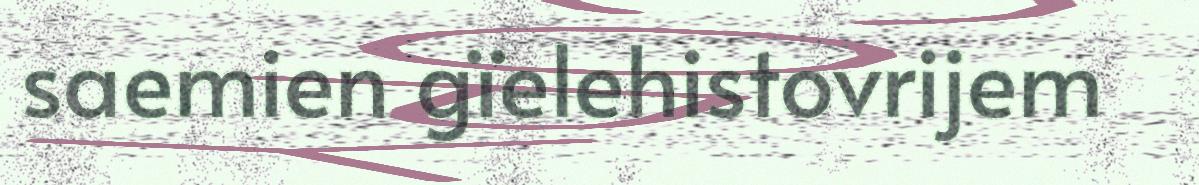
saemien gïelehistovrijem